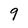
Character: 9